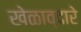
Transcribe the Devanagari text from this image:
खेळाव्दारे